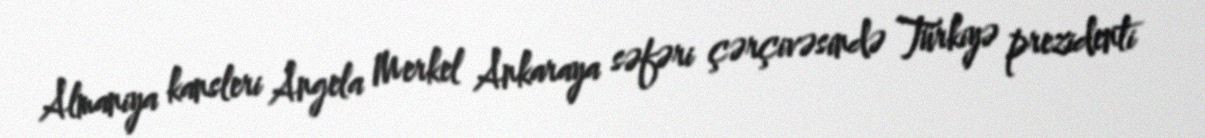
Almaniya kansleri Angela Merkel Ankaraya səfəri çərçivəsində Türkiyə prezidenti